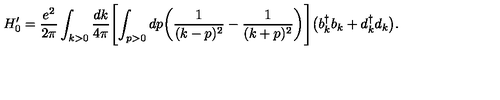
H _ { 0 } ^ { \prime } = { \frac { e ^ { 2 } } { 2 \pi } } \int _ { k > 0 } { \frac { d k } { 4 \pi } } \Biggl [ \int _ { p > 0 } d p \biggl ( { \frac { 1 } { ( k - p ) ^ { 2 } } } - { \frac { 1 } { ( k + p ) ^ { 2 } } } \biggr ) \Biggr ] \bigl ( b _ { k } ^ { \dagger } b _ { k } + d _ { k } ^ { \dagger } d _ { k } \bigr ) .